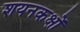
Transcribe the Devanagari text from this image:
शयनकक्षों